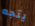
يتجه